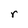
Character: r